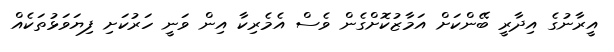
އީރާނުގެ އިދާރީ ބޭންކަށް އަމާޒުކޮށްގެން ވެސް އެމެރިކާ އިން ވަނީ ހަރުކަށި ފިޔަވަޅުތަކެއް